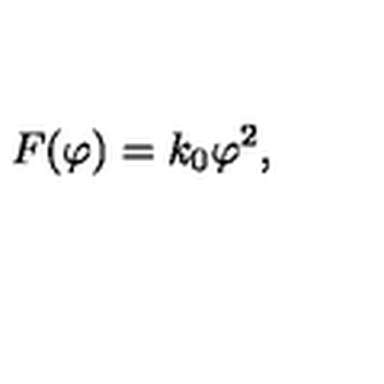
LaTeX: F ( \varphi ) = k _ { 0 } { \varphi } ^ { 2 } ,